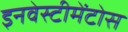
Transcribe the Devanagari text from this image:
इनवेस्टीमेंटोस